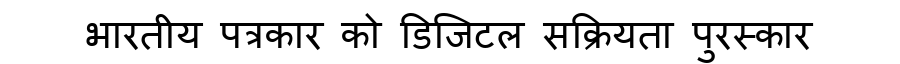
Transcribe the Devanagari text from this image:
भारतीय पत्रकार को डिजिटल सक्रियता पुरस्कार